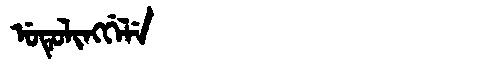
Manchu: ᡠᡨᡠᠯᡳᠩᡤᡝᠯᡝ
Romanization: UTULINGGELE